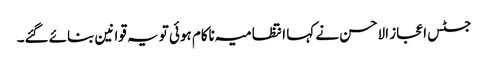
جسٹس اعجاز الاحسن نے کہا انتظامیہ ناکام ہوئی تو یہ قوانین بنائے گئے۔